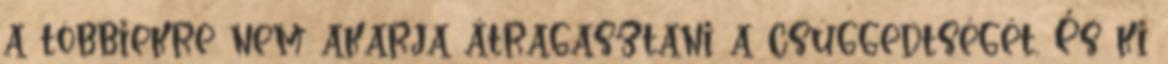
a többiekre nem akarja átragasztani a csüggedtségét. És ki